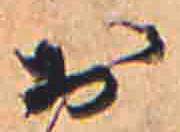
お